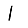
Digit: 1